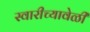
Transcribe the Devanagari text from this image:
स्वारीच्यावेळी